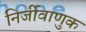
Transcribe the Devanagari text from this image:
निर्जीवाणुक